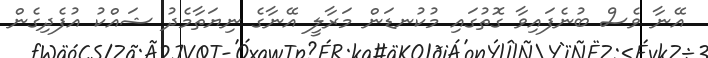
އޭނާ ވެސް ބުނެފައިވާ ގޮތުގައި މުކުނޑަން މަރާލީ އޭނާގެ ނިޔަތާމެދު ޝައްކު އުފެދިގެން